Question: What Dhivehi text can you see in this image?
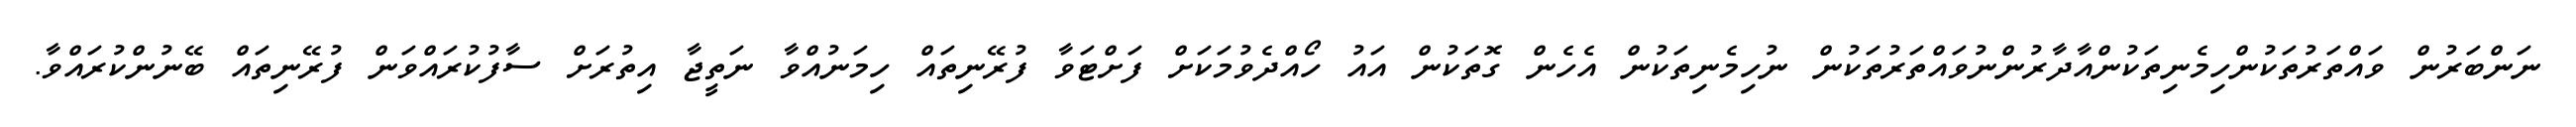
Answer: ނަންބަރުން ވައްތަރުތަކުންހިމެނިތަކުންއާދާރުންނުވައްތަރުތަކުން ނުހިމެނިތަކުން އެހެން ގޮތަކުން އައު ހޯއްދެވުމަކަށް ފަށްޓަވާ ފުރޭނިތައް ހިމަނުއްވާ ނަތީޖާ އިތުރަށް ސާފުކުރައްވަން ފުރޭނިތައް ބޭނުންކުރައްވާ.